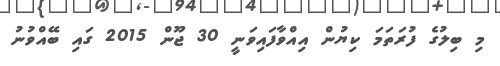
މި ބިލުގެ ފުރަތަމަ ކިޔުން އިއްވާފައިވަނީ 30 ޖޫން 2015 ގައި ބޭއްވުނު